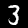
Label: 3